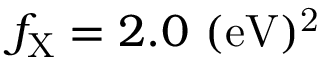
f _ { \mathrm { { X } } } = 2 . 0 ~ \mathrm { { ( e V ) ^ { 2 } } }